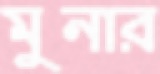
মুনার